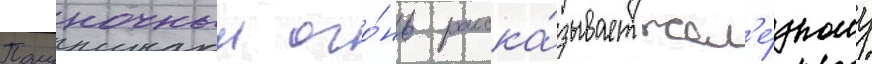
Полуночныи ого́нь расска́зывает жел'е́зному